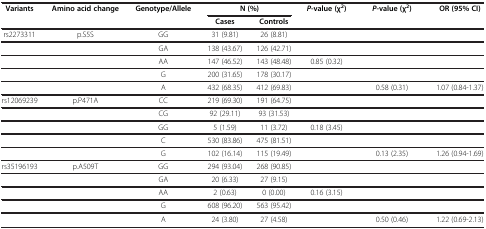
<table><thead><tr><td rowspan="2"><b>Variants</b></td><td rowspan="2"><b>Amino acid change</b></td><td rowspan="2"><b>Genotype/Allele</b></td><td colspan="2"><b>N (%)</b></td><td rowspan="2"><b><i>P</i>-value (χ<sup>2</sup>)</b></td><td rowspan="2"><b><i>P</i>-value (χ<sup>2</sup>)</b></td><td rowspan="2"><b>OR (95% CI)</b></td></tr><tr><td><b>Cases</b></td><td><b>Controls</b></td></tr></thead><tbody><tr><td>rs2273311</td><td>p.S5S</td><td>GG</td><td>31 (9.81)</td><td>26 (8.81)</td><td> </td><td> </td><td> </td></tr><tr><td> </td><td> </td><td>GA</td><td>138 (43.67)</td><td>126 (42.71)</td><td> </td><td> </td><td> </td></tr><tr><td> </td><td> </td><td>AA</td><td>147 (46.52)</td><td>143 (48.48)</td><td>0.85 (0.32)</td><td> </td><td> </td></tr><tr><td> </td><td> </td><td>G</td><td>200 (31.65)</td><td>178 (30.17)</td><td> </td><td> </td><td> </td></tr><tr><td> </td><td> </td><td>A</td><td>432 (68.35)</td><td>412 (69.83)</td><td> </td><td>0.58 (0.31)</td><td>1.07 (0.84-1.37)</td></tr><tr><td>rs12069239</td><td>p.P471A</td><td>CC</td><td>219 (69.30)</td><td>191 (64.75)</td><td> </td><td> </td><td> </td></tr><tr><td> </td><td> </td><td>CG</td><td>92 (29.11)</td><td>93 (31.53)</td><td> </td><td> </td><td> </td></tr><tr><td> </td><td> </td><td>GG</td><td>5 (1.59)</td><td>11 (3.72)</td><td>0.18 (3.45)</td><td> </td><td> </td></tr><tr><td> </td><td> </td><td>C</td><td>530 (83.86)</td><td>475 (81.51)</td><td> </td><td> </td><td> </td></tr><tr><td> </td><td> </td><td>G</td><td>102 (16.14)</td><td>115 (19.49)</td><td> </td><td>0.13 (2.35)</td><td>1.26 (0.94-1.69)</td></tr><tr><td>rs35196193</td><td>p.A509T</td><td>GG</td><td>294 (93.04)</td><td>268 (90.85)</td><td> </td><td> </td><td> </td></tr><tr><td> </td><td> </td><td>GA</td><td>20 (6.33)</td><td>27 (9.15)</td><td> </td><td> </td><td> </td></tr><tr><td> </td><td> </td><td>AA</td><td>2 (0.63)</td><td>0 (0.00)</td><td>0.16 (3.15)</td><td> </td><td> </td></tr><tr><td> </td><td> </td><td>G</td><td>608 (96.20)</td><td>563 (95.42)</td><td> </td><td> </td><td> </td></tr><tr><td> </td><td> </td><td>A</td><td>24 (3.80)</td><td>27 (4.58)</td><td> </td><td>0.50 (0.46)</td><td>1.22 (0.69-2.13)</td></tr></tbody></table>